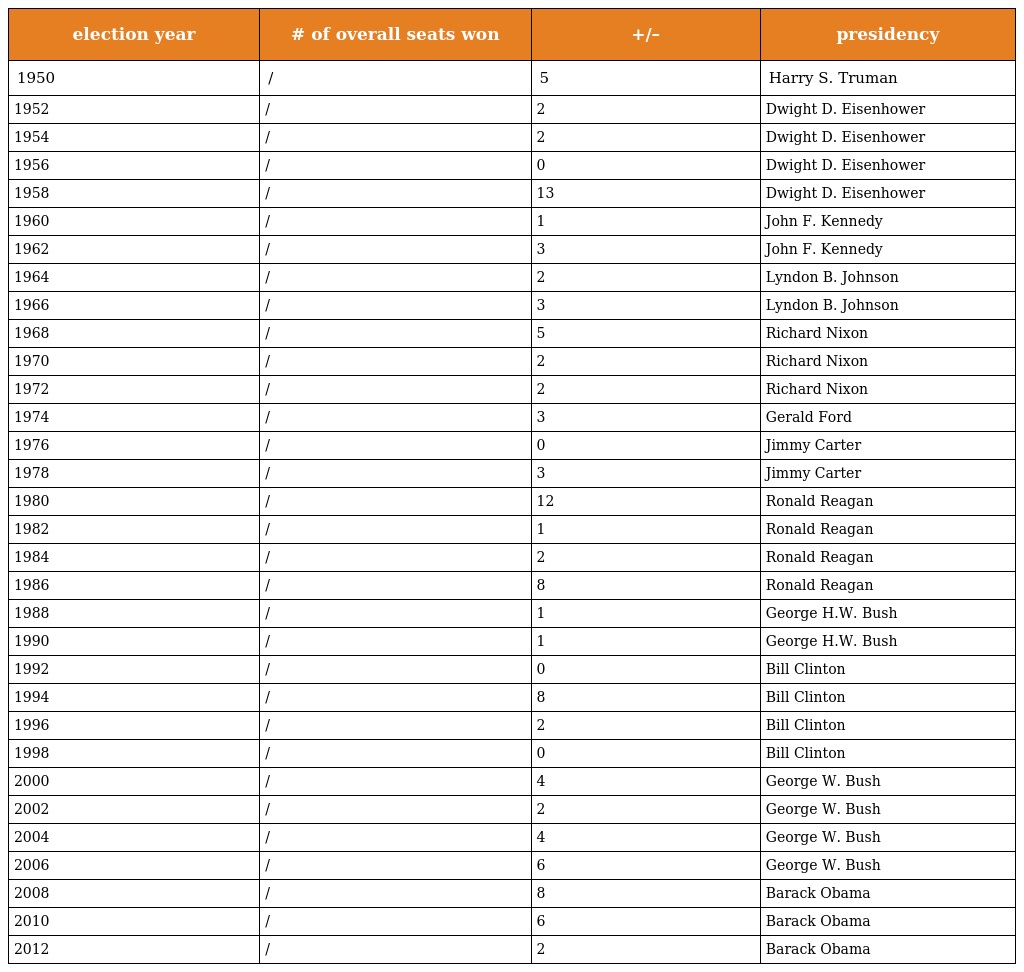
| election year | # of overall seats won | +/– | presidency |
 | --- | --- | --- | --- |
 | 1950 | / | 5 | Harry S. Truman |
 | 1952 | / | 2 | Dwight D. Eisenhower |
 | 1954 | / | 2 | Dwight D. Eisenhower |
 | 1956 | / | 0 | Dwight D. Eisenhower |
 | 1958 | / | 13 | Dwight D. Eisenhower |
 | 1960 | / | 1 | John F. Kennedy |
 | 1962 | / | 3 | John F. Kennedy |
 | 1964 | / | 2 | Lyndon B. Johnson |
 | 1966 | / | 3 | Lyndon B. Johnson |
 | 1968 | / | 5 | Richard Nixon |
 | 1970 | / | 2 | Richard Nixon |
 | 1972 | / | 2 | Richard Nixon |
 | 1974 | / | 3 | Gerald Ford |
 | 1976 | / | 0 | Jimmy Carter |
 | 1978 | / | 3 | Jimmy Carter |
 | 1980 | / | 12 | Ronald Reagan |
 | 1982 | / | 1 | Ronald Reagan |
 | 1984 | / | 2 | Ronald Reagan |
 | 1986 | / | 8 | Ronald Reagan |
 | 1988 | / | 1 | George H.W. Bush |
 | 1990 | / | 1 | George H.W. Bush |
 | 1992 | / | 0 | Bill Clinton |
 | 1994 | / | 8 | Bill Clinton |
 | 1996 | / | 2 | Bill Clinton |
 | 1998 | / | 0 | Bill Clinton |
 | 2000 | / | 4 | George W. Bush |
 | 2002 | / | 2 | George W. Bush |
 | 2004 | / | 4 | George W. Bush |
 | 2006 | / | 6 | George W. Bush |
 | 2008 | / | 8 | Barack Obama |
 | 2010 | / | 6 | Barack Obama |
 | 2012 | / | 2 | Barack Obama |